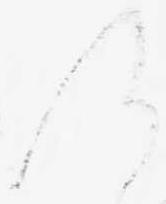
何